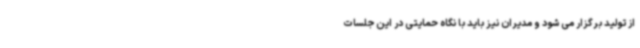
از تولید برگزار می شود و مدیران نیز باید با نگاه حمایتی در این جلسات